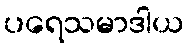
ပရေသမာဒါယ